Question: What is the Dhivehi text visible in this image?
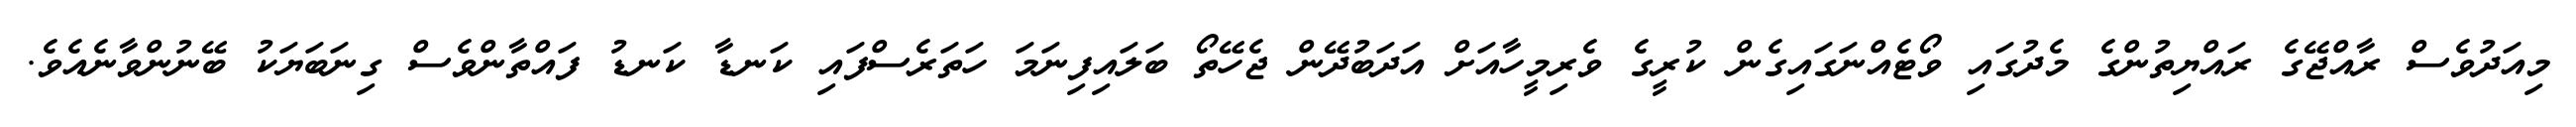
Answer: މިއަދުވެސް ރާއްޖޭގެ ރައްޔިތުންގެ މެދުގައި ވޯޓެއްނަގައިގެން ކުރީގެ ވެރިމީހާއަށް އަދަބުދޭން ޖެހޭތޯ ބަލައިފިނަމަ ހަތަރެސްފައި ކަނޑާ ކަނޑު ފައްތާންވެސް ގިނަބަޔަކު ބޭނުންވާނެއެވެ.